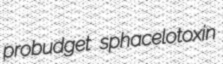
probudget sphacelotoxin